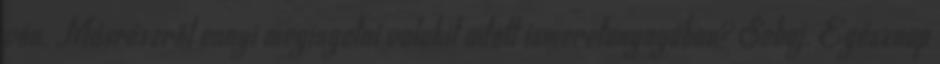
vón. Másrészről ennyi megingatni valakit adott ismeretanyagában? Sebaj. Egésznap